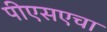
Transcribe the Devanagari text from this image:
पीएसएचा